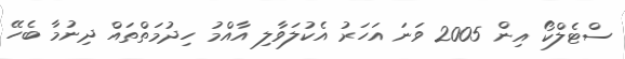
ސްޓެލްކޯ އިން 2005 ވަނަ އަހަރު އެކުލަވާލި އާއްމު ހިދުމަތްތައް ދިނުމާ ބެހޭ